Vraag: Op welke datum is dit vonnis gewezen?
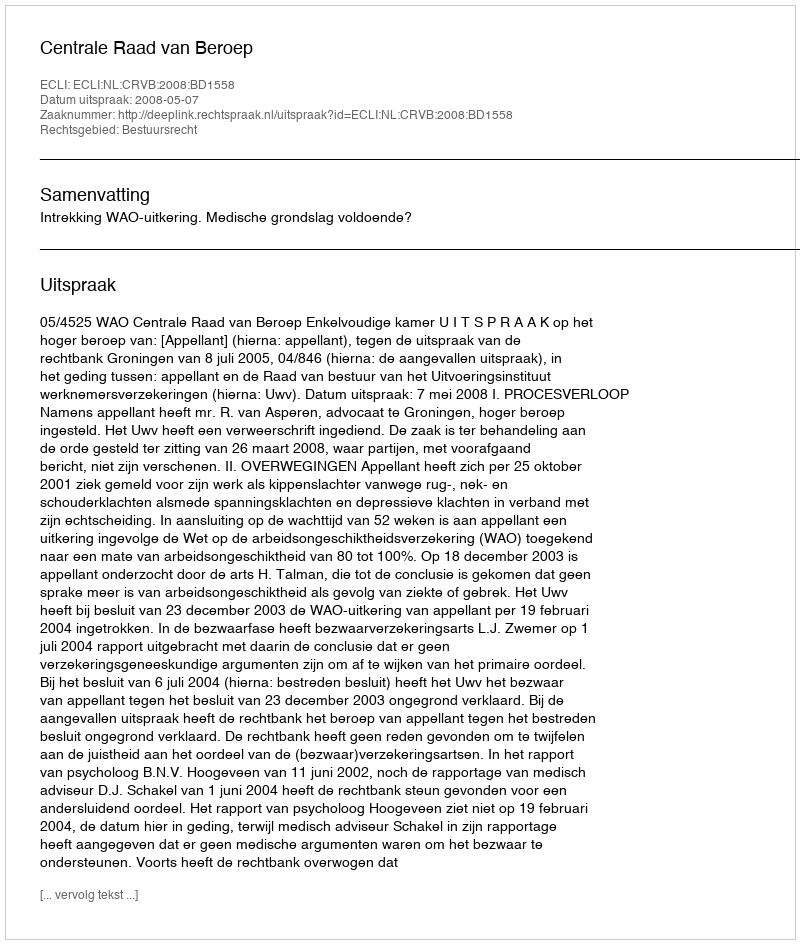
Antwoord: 2008-05-07